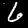
Label: 6